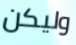
وليكن